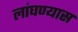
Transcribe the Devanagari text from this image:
लांघण्यास